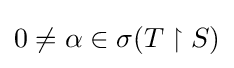
0\neq \alpha \in \sigma (T\upharpoonright S)